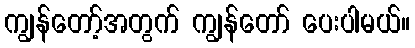
ကျွန်တော့်အတွက် ကျွန်တော် ပေးပါမယ်။